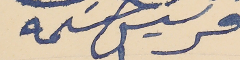
فرنسيس حسىمه